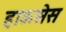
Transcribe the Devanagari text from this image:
हाऊसेस